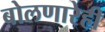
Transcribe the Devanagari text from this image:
बोलणारेही